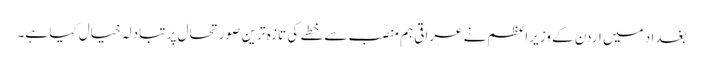
بغداد میں اردن کے وزیراعظم نے عراقی ہم منصب سے خطے کی تازہ ترین صورتحال پر تبادلہ خیال کیا ہے۔